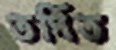
তর্পিত